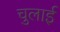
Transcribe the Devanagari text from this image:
चुलाई